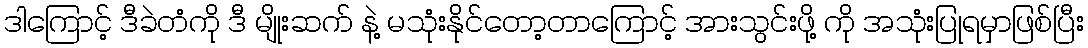
ဒါကြောင့် ဒီခဲတံကို ဒီ မျိုးဆက် နဲ့ မသုံးနိုင်တော့တာကြောင့် အားသွင်းဖို့ ကို အသုံးပြုရမှာဖြစ်ပြီး